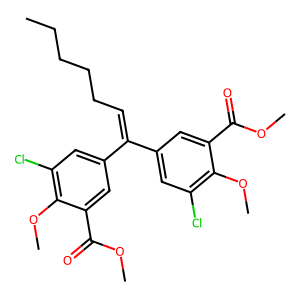
SMILES: CCCCCC=C(c1cc(Cl)c(OC)c(C(=O)OC)c1)c1cc(Cl)c(OC)c(C(=O)OC)c1
Inhibits HIV replication: Yes